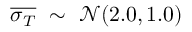
\overline { { \sigma _ { T } } } ~ \sim ~ \mathcal { N } ( 2 . 0 , 1 . 0 )